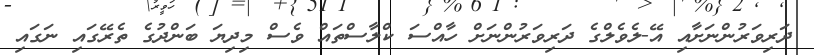
ދަރިވަރުންނަށާއި އޭ-ލެވެލްގެ ދަރިވަރުންނަށް ހާއްސަ ކްލާސްތައް ވެސް މިދިޔަ ބަންދުގެ ތެރޭގައި ނަގައި